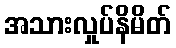
အသားလှုပ်နိမိတ်